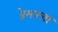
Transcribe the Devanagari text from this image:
ब्रेमनचा